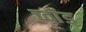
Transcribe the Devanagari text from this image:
च्वांड्